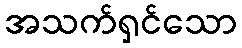
အသက်ရှင်သော